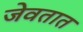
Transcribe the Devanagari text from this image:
जेवतात